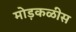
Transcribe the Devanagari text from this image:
मोड़कळीस